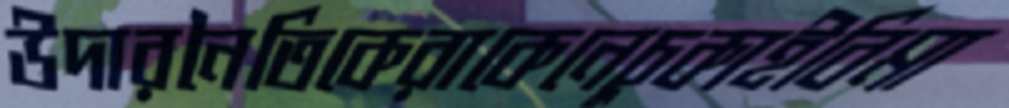
উদারনৈতিকেরাকেনেচুকাইবিমা